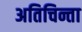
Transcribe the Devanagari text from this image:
अतिचिन्ता